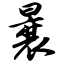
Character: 曩